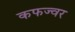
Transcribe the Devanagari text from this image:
कफज्वर